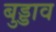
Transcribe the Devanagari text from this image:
बुड्डाव